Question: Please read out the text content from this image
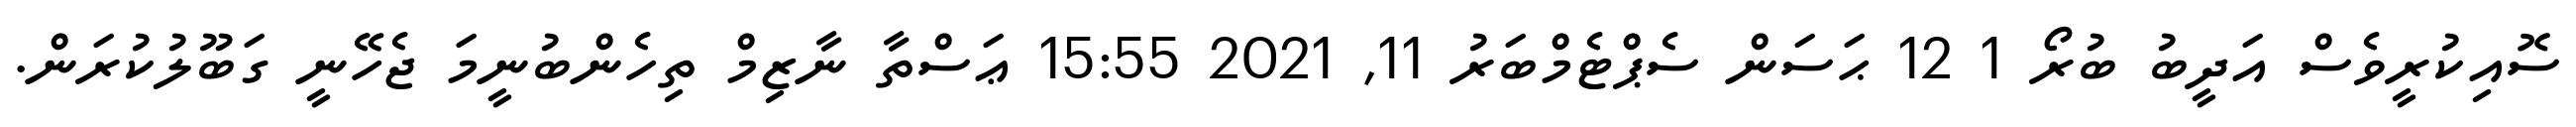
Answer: ސޮއިކުރީވެސް އަދީބު ބުރޯ 1 12 ޙަސަން ސެޕްޓެމްބަރު 11, 2021 15:55 ޢަސްތާ ނާޒިމް ތިހެންބުނީމަ ޖެހޭނީ ގަބޫލުކުރަން.